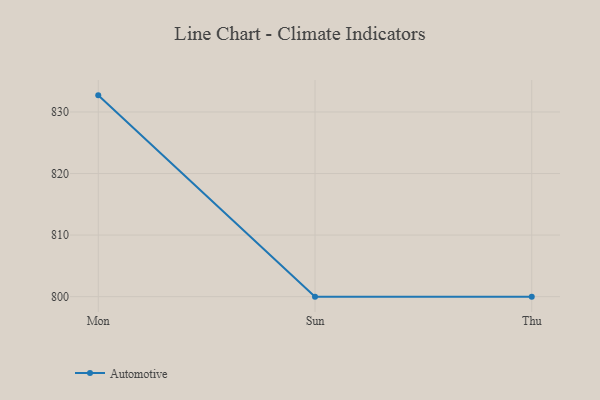
{"axis": {"x": "Day", "y": "Gross Profit (USD K)"}, "legend": ["Automotive"], "data": [{"x": "Mon", "y": 832.7, "type": "Automotive"}, {"x": "Sun", "y": 800, "type": "Automotive"}, {"x": "Thu", "y": 800, "type": "Automotive"}]}